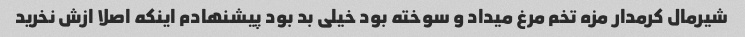
شیرمال کرمدار مزه تخم مرغ میداد و سوخته بود خیلی بد بود پیشنهادم اینکه اصلا ازش نخرید